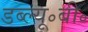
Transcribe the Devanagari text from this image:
डब्ल्यू॰बी॰